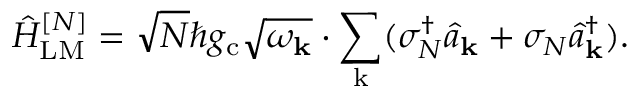
\hat { H } _ { \mathrm { L M } } ^ { [ N ] } = \sqrt { N } \hbar g _ { \mathrm { c } } \sqrt { \omega _ { \bf k } } \cdot \sum _ { \mathrm k } ( \sigma _ { N } ^ { \dagger } \hat { a } _ { \bf k } + \sigma _ { N } \hat { a } _ { \bf k } ^ { \dagger } ) .